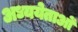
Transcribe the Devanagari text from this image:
अध्ययेताओं